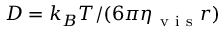
D = k _ { B } T / ( 6 \pi \eta _ { \mathrm { ~ v ~ i ~ s ~ } } r )